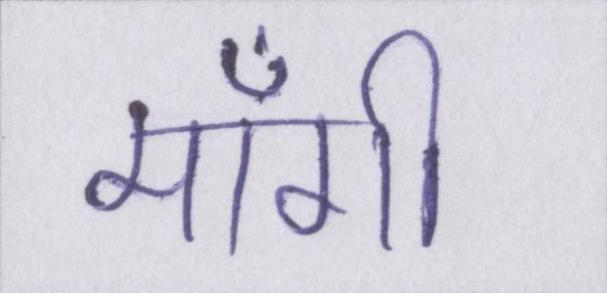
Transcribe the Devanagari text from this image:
माँगी